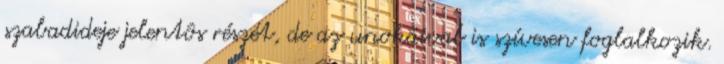
szabadideje jelentôs részét, de az unokáival is szívesen foglalkozik.